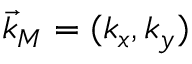
\vec { k } _ { M } = ( k _ { x } , k _ { y } )